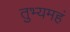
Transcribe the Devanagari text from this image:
तुभ्यमहं